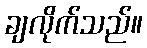
ချလိုက်သည်။